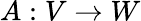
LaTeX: A:V\to W